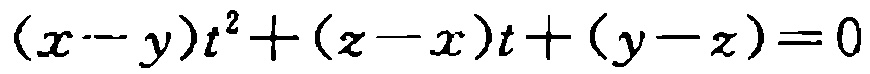
\((x - y)t^{2}+(z - x)t+(y - z)=0\)